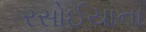
રસોઈયાના